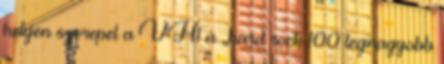
helyen szerepel a VH1 a „hard rock 100 legnagyobb